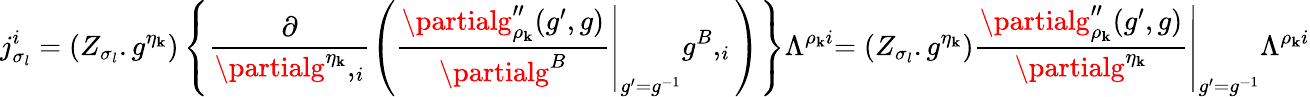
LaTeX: j_{\sigma_{l}}^{i}=(Z_{\sigma_{l}}.g^{\eta_{\mathbf{k}}})\left\{ \frac{{\partial}}{{\partialg^{\eta_{\mathbf{k}}},_{i}}}\left(\left.\frac{{\partialg_{\rho_{\mathbf{k}}}^{\prime\prime}(g^{\prime},g)}}{{\partialg^{B}}}\right|_{g^{\prime}=g^{-1}}g^{B},_{i}\right)\right\} \Lambda^{\rho_{\mathbf{k}}i}\left.=(Z_{\sigma_{l}}.g^{\eta_{\mathbf{k}}})\frac{{\partialg_{\rho_{\mathbf{k}}}^{\prime\prime}(g^{\prime},g)}}{{\partialg^{\eta_{\mathbf{k}}}}}\right|_{g^{\prime}=g^{-1}}\Lambda^{\rho_{\mathbf{k}}i}